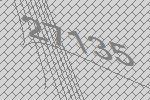
27135